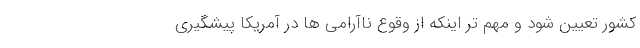
کشور تعیین شود و مهم تر اینکه از وقوع ناآرامی ها در آمریکا پیشگیری